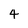
Character: 4